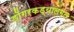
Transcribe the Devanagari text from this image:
डोंगरकड्यालगत